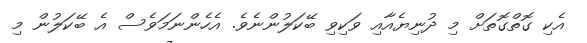
އެކި ގޮތްގޮތަށް މި ދުނިޔެއާއި ވަކިވި ބޭކަލުންނެވެ. އެހެންނަމަވެސް އެ ބޭކަލުން މި